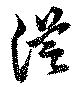
従